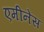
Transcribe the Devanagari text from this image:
एमीनेंस